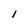
Character: l